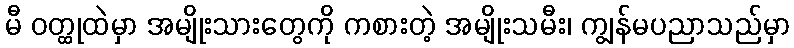
မီ ဝတ္ထုထဲမှာ အမျိုးသားတွေကို ကစားတဲ့ အမျိုးသမီး၊ ကျွန်မပညာသည်မှာ